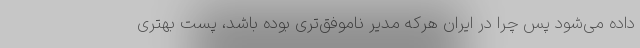
داده می‌شود پس چرا در ایران هرکه مدیر ناموفق‌تری بوده باشد، پست بهتری